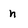
Character: n